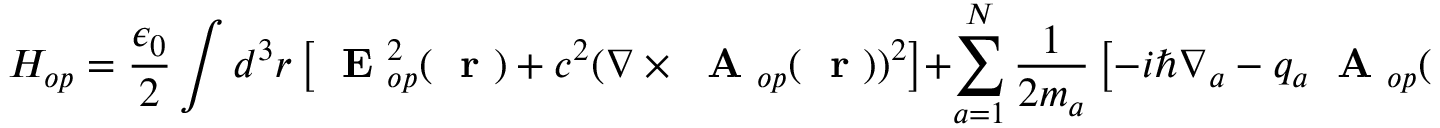
H _ { o p } = \frac { \epsilon _ { 0 } } { 2 } \int d ^ { 3 } r \left[ \mathrm { ~ \bf ~ E ~ } _ { o p } ^ { 2 } ( \mathrm { ~ \bf ~ r ~ } ) + c ^ { 2 } ( \nabla \times \mathrm { ~ \bf ~ A ~ } _ { o p } ( \mathrm { ~ \bf ~ r ~ } ) ) ^ { 2 } \right] + \sum _ { a = 1 } ^ { N } \frac { 1 } { 2 m _ { a } } \left[ - i \hbar \nabla _ { a } - q _ { a } \mathrm { ~ \bf ~ A ~ } _ { o p } ( \hat { \mathrm { ~ \bf ~ r ~ } } _ { a } ) \right] ^ { 2 } \; .